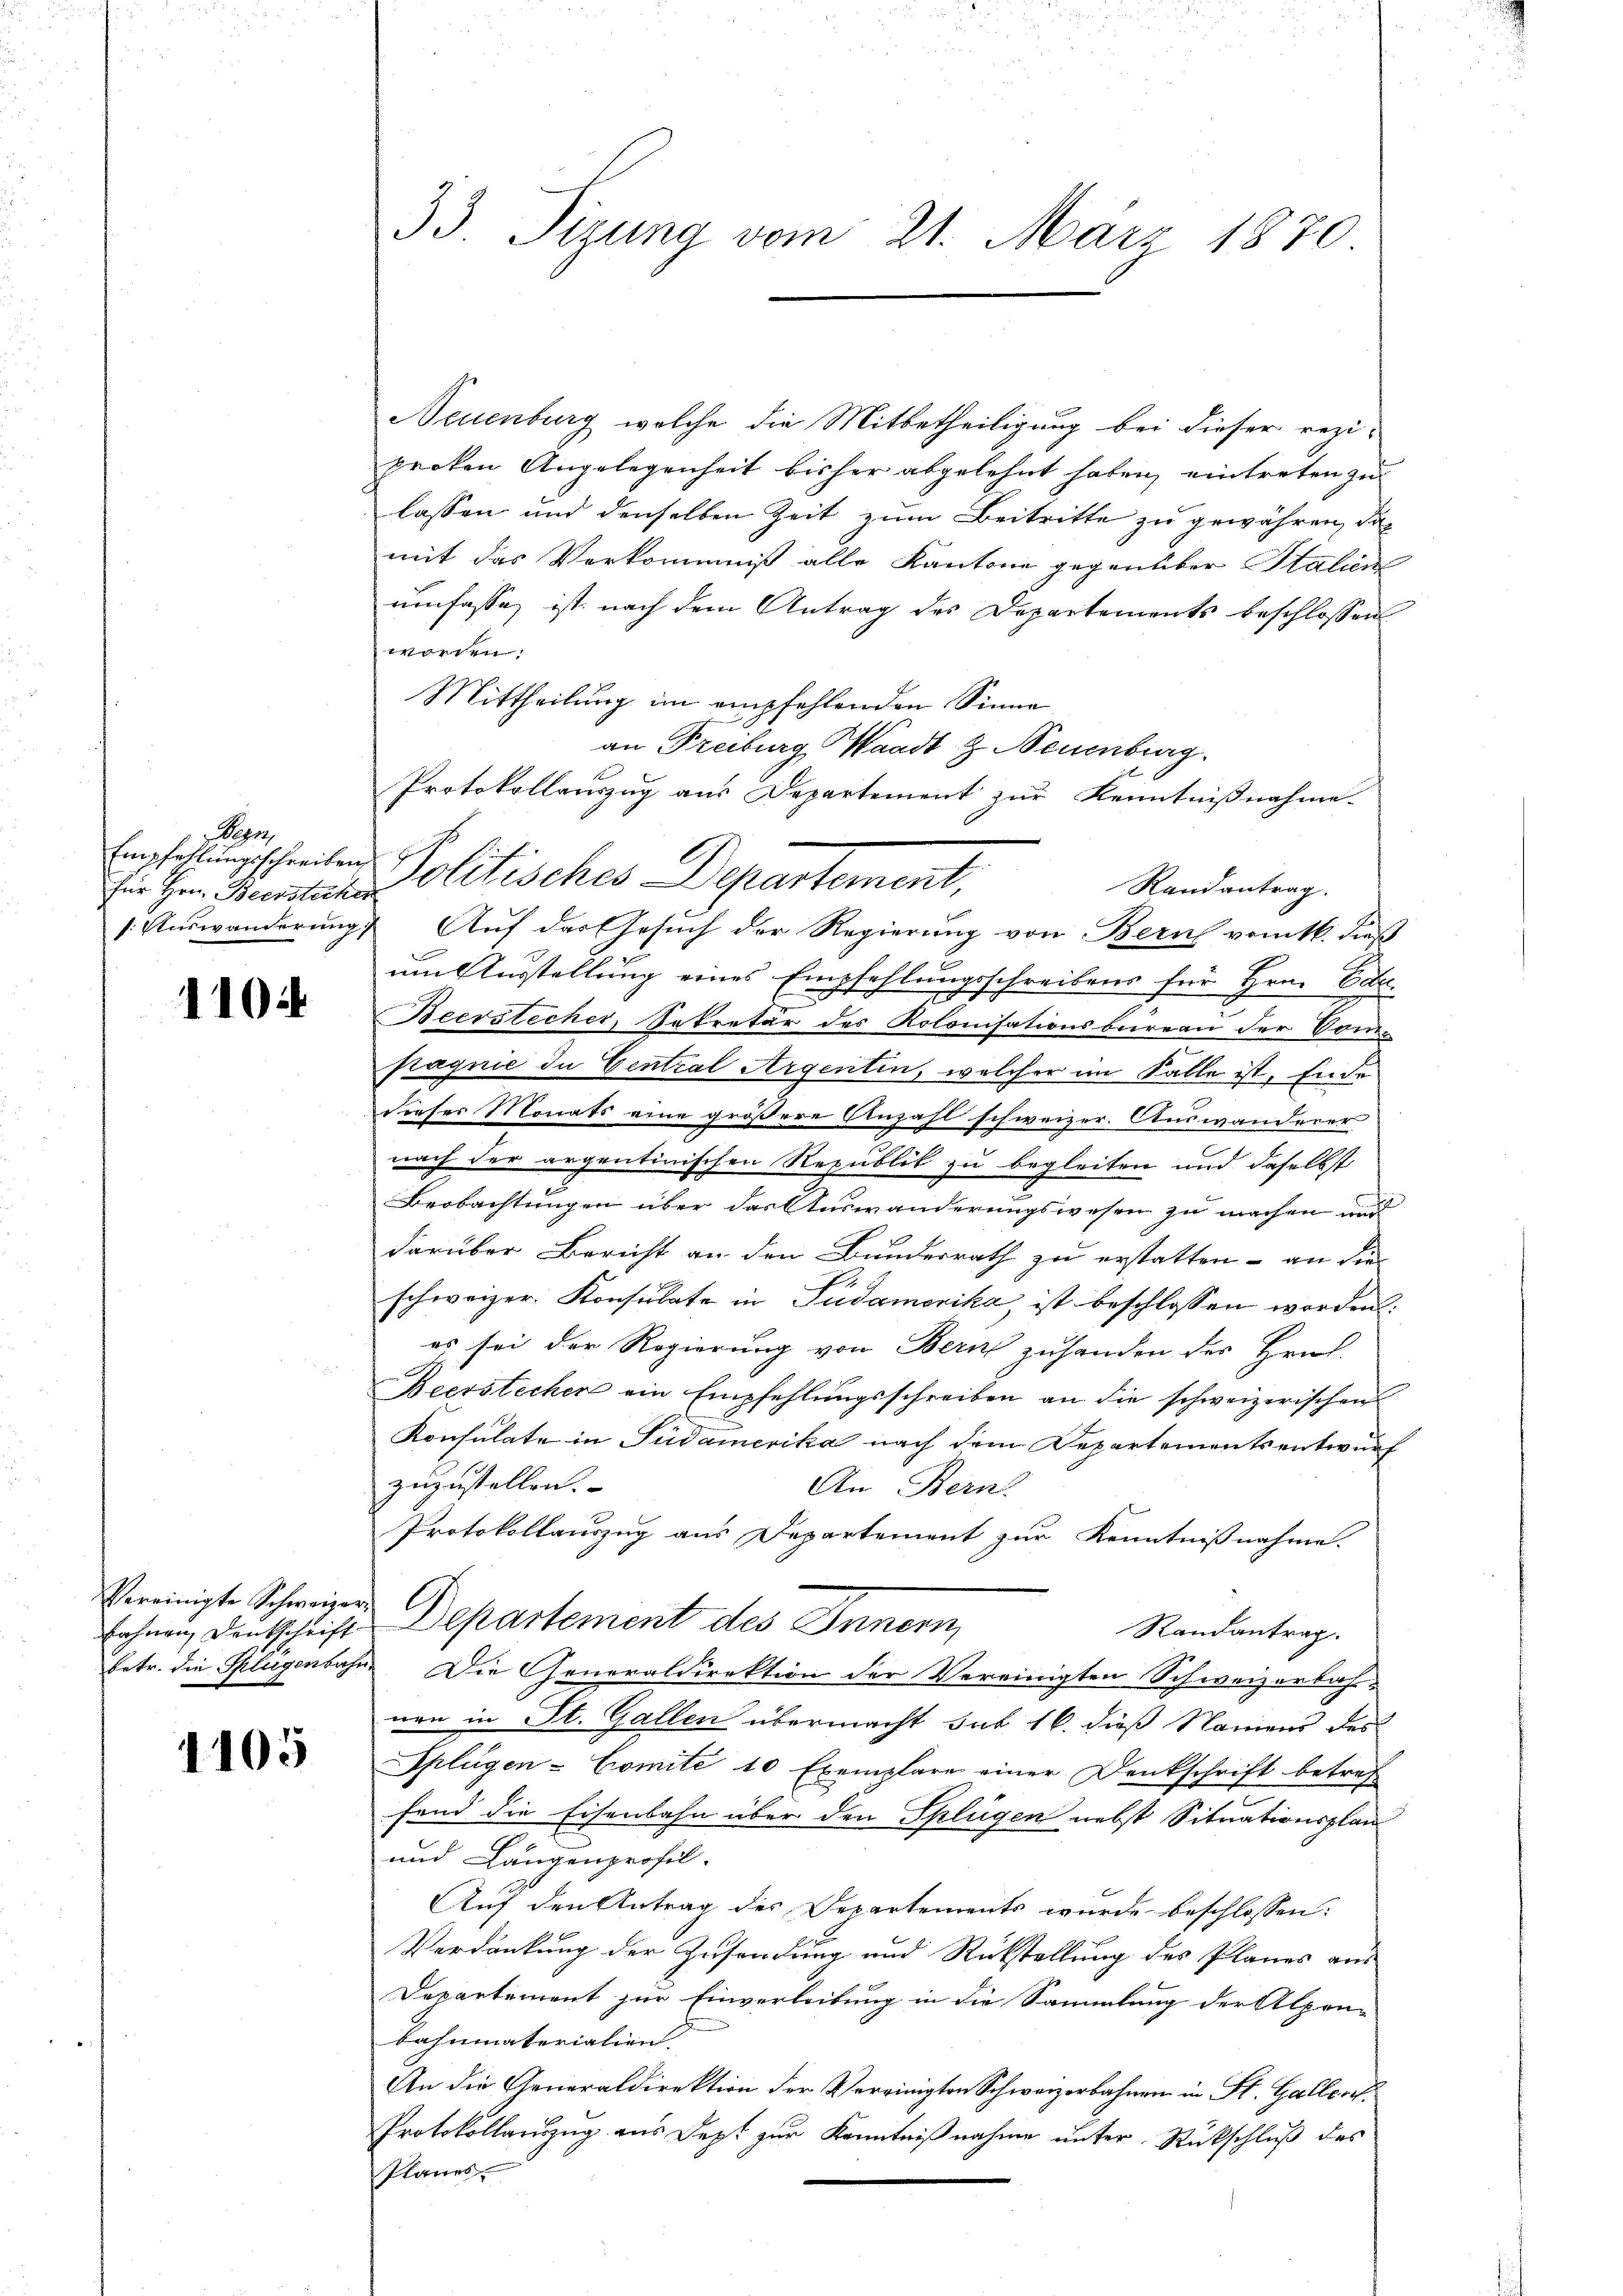
ege
für Hrn. Beerstechen

1104

Vereinigte Schweizer C.

1105

Neuenburg, welche die Mitbetheiligung bei dieser rezi
proten Angelegenheit bisher abgelehnt haben, eintreten zu
lassen und denselben Zeit zum Beitritte zu gewähren, das
mit das Verkommniß alle Kantone gegenüber Stalien
umfasse ist nach dem Antrag des Departements beschlossen
worden.
Mittheilung im empfehlenden Sinne
an Freiburg Waadt Z. Neuenburg.
Protokollauszug aus Departement zur Kenntnißnahme.
Emphaltungschreiten Politisches Departement,
Randantrag.
1. Auswanderung Auf das Gesuch der Regierung von Bern vom 16. dieß
um Ausstellung eines Empfehlungsschreibens für Hrn. Ode
b
Beerstecher, Sekretär des Kolonisationsbureau der Comstagnie in Central Argentin, welcher im Falle ist, Ende
dieser Monats eine größere Anzahl schweizer. Auswanderer
nach der argentinischen Republik zu begleiten und daselbst
Beobachtungen über das Auswanderungswesen zu machen und
darüber Bericht an den Bundesrath zu erstatten - an die
schweizer. Konsulate in Südamerika ist beschlossen worden.
es sei der Regierung von Bern zuhanden der Hrn.
Beerstechen ein Empfehlŭngsschreiben an die schweizerischen
Konsulate in Südamerika nach dem Departementsentwurf
zuzustellen. |
An Bern.
Protokollauszug aus Departement zur Kenntnißnahme.
fahnen Drukschrift Departement des Innern,
Randantrag.
Petr. die Splügenbahn. Die Generaldirektion der Vereinigten Schweizerbahnen in St. Gallen übermacht hat 16. dieß Namens des
Splügen - Comite 10 Exemplare einer Denkschrift betref
fend die Eisenbahn über den Splügen nebst Situationsplan
und Längenprofil-
Auf den Antrag des Departements wurde beschlossen:
Verdankung der Zusendung und Rückstellung des Planes aus
Departement zur Einverleibung in die Sammlung der Alpen-
bahnmaterialien.
An die Generaldirektion der Vereinigten Schweizerbahnen in St. Galler.
Protokollanzug aus Dept zur Kenntnißnahme unter Rückschluß des
Planes.

33. Sizung vom 21. März 1870

2